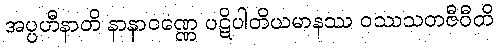
အပ္ပဟီနာတိ နာနာဝဏ္ဏေ ပဋိပါတိယမာနဿ ဝဿသတဇီဝီတိ